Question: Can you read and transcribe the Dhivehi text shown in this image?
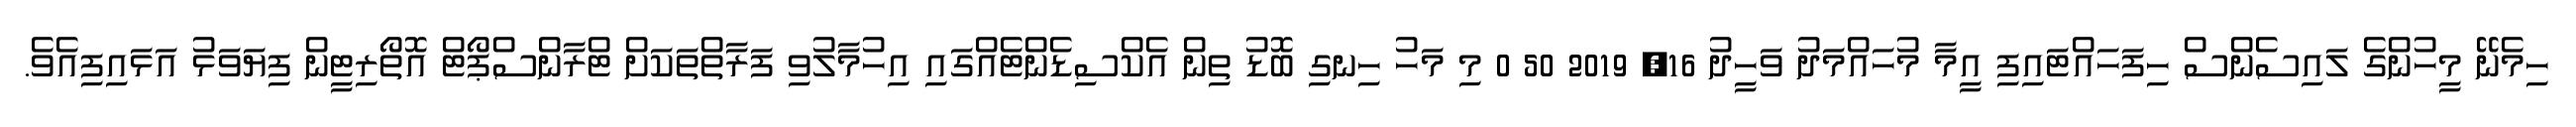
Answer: ހިމެނޭ މީހުންގެ ލައިސެންސް ހިފަހައްޓައިފި އީމާ މުހައްމަދު ވަހީދު 16, 2019 50 0 މި މަހު ހިނގި ބޮޑު ތިން އެކްސިޑެންޓެއްގައި އިހުމާލުވި ފަރާތްތަކަށް ޓްރާންސްޕޯޓް އޮތޯރިޓީން ފިޔަވަޅު އަޅައިފިއެވެ.